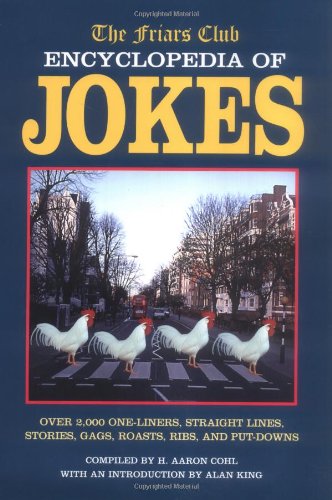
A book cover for The Friars Club Encyclopedia of Jokes: Over 2,000 One-Liners, Straight Lines, Stories, Gags, Roasts, Ribs, and Put-Downs; Reference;